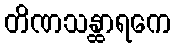
တိဏသန္ထာရကေ